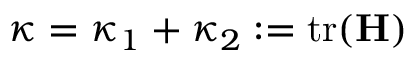
\kappa = \kappa _ { 1 } + \kappa _ { 2 } : = \mathrm { t r } ( \mathbf H )